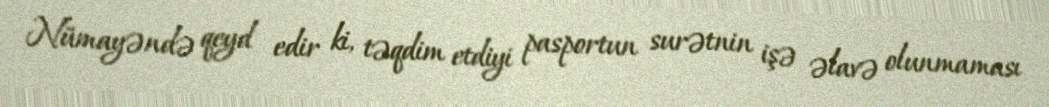
Nümayəndə qeyd edir ki, təqdim etdiyi pasportun surətnin işə əlavə olunmaması